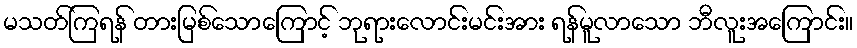
မသတ်ကြရန် တားမြစ်သောကြောင့် ဘုရားလောင်းမင်းအား ရန်မူလာသော ဘီလူးအကြောင်း။